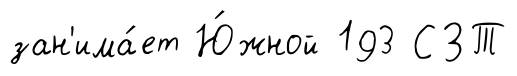
зан'има́ет Ю́жной 193 СЗТ